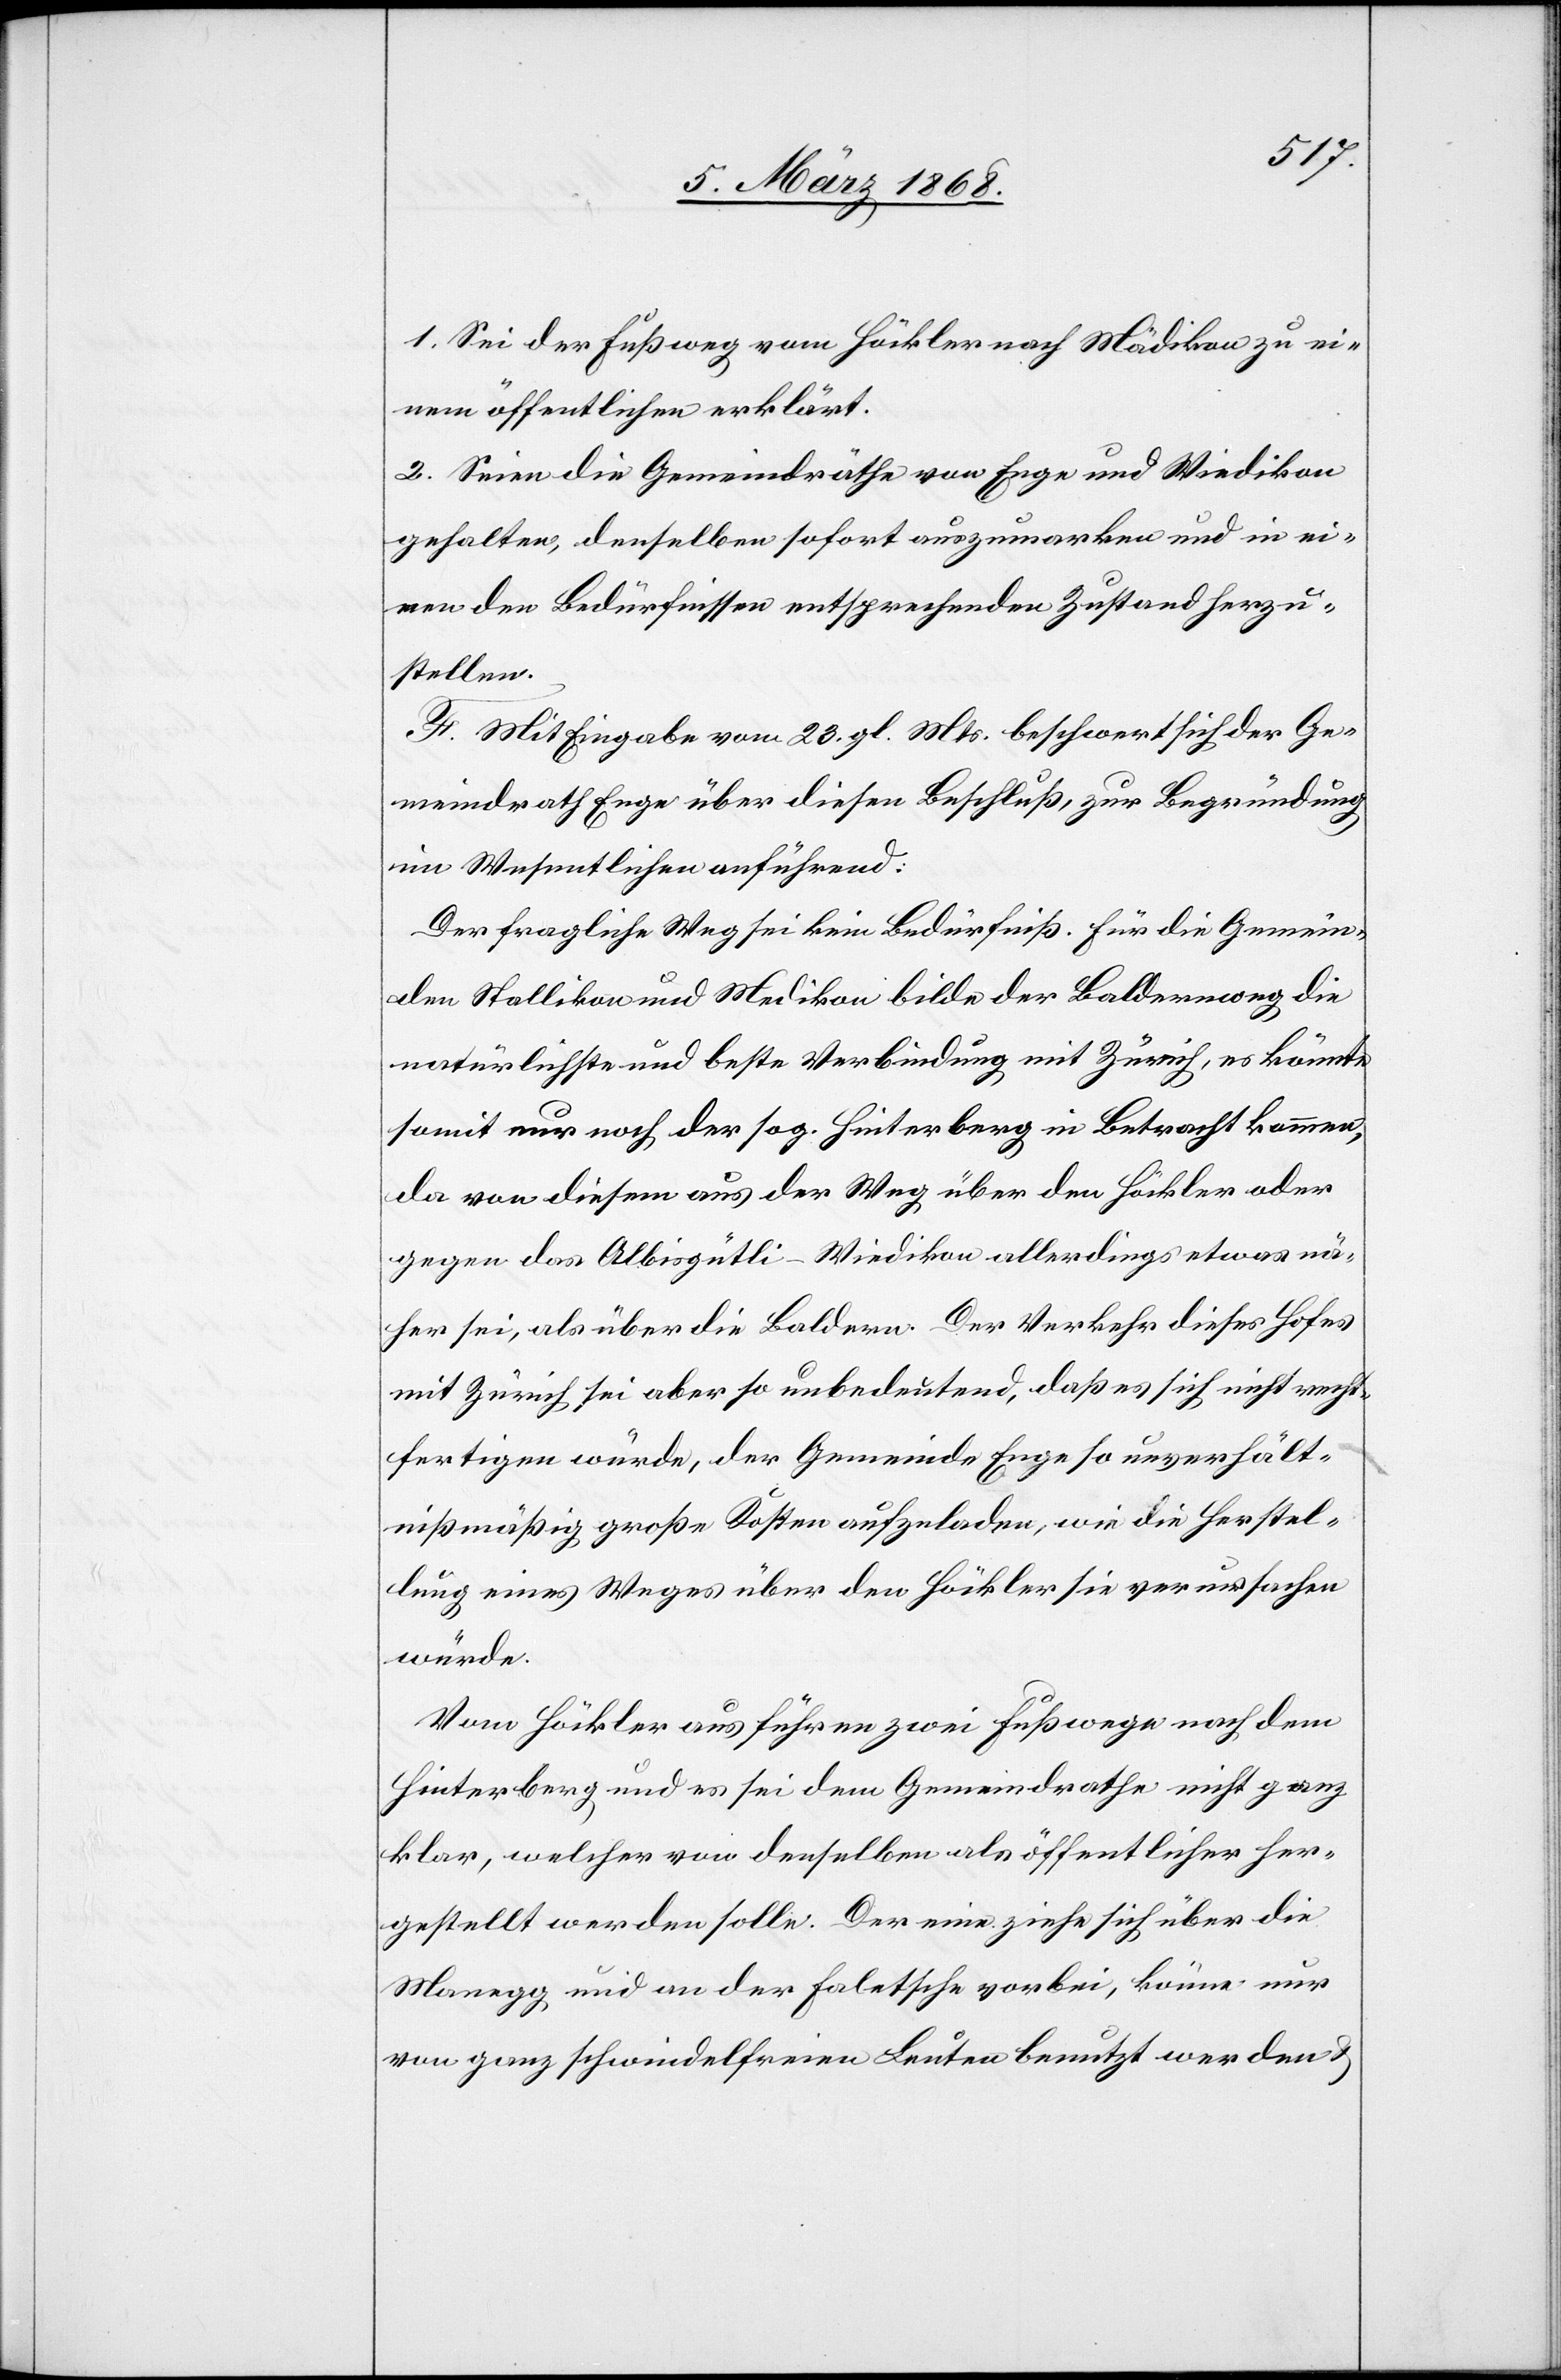
1. Sei der Fußweg vom Höckler nach Mädikon zu ei¬
nem öffentlichen erklärt.
2. Seien die Gemeindräthe von Enge und Wiedikon
gehalten, denselben sofort auszumarken und in ei¬
nen den Bedürfnissen entsprechenden Zustand herzu¬
stellen.
F. Mit Eingabe vom 23. gl. Mts. beschwert sich der Ge¬
meindrath Enge über diesen Beschluß, zur Begründung
im Wesentlichen anführend:
Der fragliche Weg sei kein Bedürfniß. Für die Gemein¬
den Stallikon und Medikon bilde der Baldernweg die
natürlichste und beste Verbindung mit Zürich, es könnte
somit nur noch der sog. Hinterberg in Betracht kommen,
da von diesem aus der Weg über den Höckler oder
gegen das Albisgütli-Wiedikon allerdings etwas nä¬
her sei, als über die Baldern. Der Verkehr dieses Hofes
mit Zürich sei aber so unbedeutend, daß es sich nicht recht¬
fertigen würde, der Gemeinde Enge so unverhält¬
nißmäßig große Kosten aufzuladen, wie die Herstel¬
lung eines Weges über den Höckler sie verursachen
würde.
Vom Höckler aus führen zwei Fußwege nach dem
Hinterberg und es sei dem Gemeindrathe nicht ganz
klar, welcher von denselben als öffentlicher her¬
gestellt werden solle. Der eine ziehe sich über die
Manegg und an der Faletsche vorbei, könne nur
von ganz schwindelfreien Leuten benutzt werden &